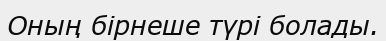
Оның бірнеше түрі болады.